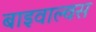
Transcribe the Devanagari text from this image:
बाइवाल्वस